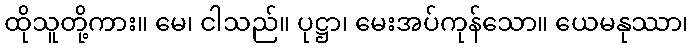
ထိုသူတို့ကား။ မေ၊ ငါသည်။ ပုဋ္ဌာ၊ မေးအပ်ကုန်သော။ ယေမနုဿာ၊